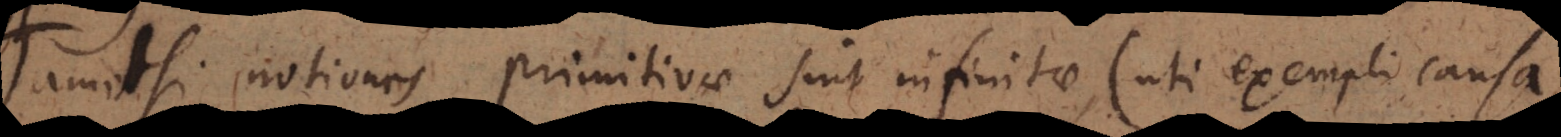
Tametsi notiones primitivae sint infinitae (uti exempli causa